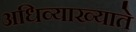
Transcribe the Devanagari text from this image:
अधिव्याख्याते